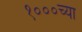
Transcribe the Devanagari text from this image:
१०००च्या